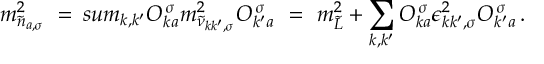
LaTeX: m _ { \tilde { n } _ { a , \sigma } } ^ { 2 } \ = \, s u m _ { k , k ^ { \prime } } O _ { k a } ^ { \, \sigma } m _ { \tilde { \nu } _ { k k ^ { \prime } , \sigma } } ^ { 2 } O _ { k ^ { \prime } a } ^ { \, \sigma } \ = \ m _ { \tilde { L } } ^ { 2 } + \sum _ { k , k ^ { \prime } } O _ { k a } ^ { \, \sigma } \epsilon _ { k k ^ { \prime } , \sigma } ^ { 2 } O _ { k ^ { \prime } a } ^ { \, \sigma } \, .